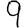
Digit: 9